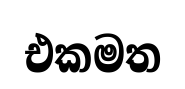
එකමත